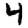
Digit: 4